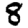
Digit: 8